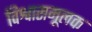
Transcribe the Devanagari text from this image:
विश्वासमूलक